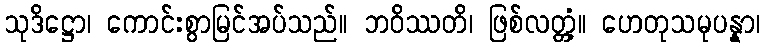
သုဒိဋ္ဌော၊ ကောင်းစွာမြင်အပ်သည်။ ဘဝိဿတိ၊ ဖြစ်လတ္တံ့။ ဟေတုသမုပန္နာ၊